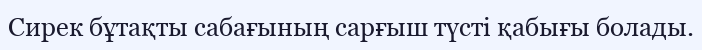
Сирек бұтақты сабағының сарғыш түсті қабығы болады.